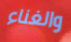
والغناء